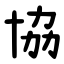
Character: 協